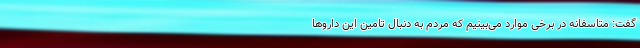
گفت: متاسفانه در برخی موارد می‌بینیم که مردم به دنبال تامین این داروها